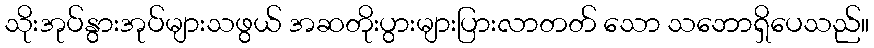
သိုးအုပ်နွားအုပ်များသဖွယ် အဆတိုးပွားများပြားလာတတ် သော သဘောရှိပေသည်။